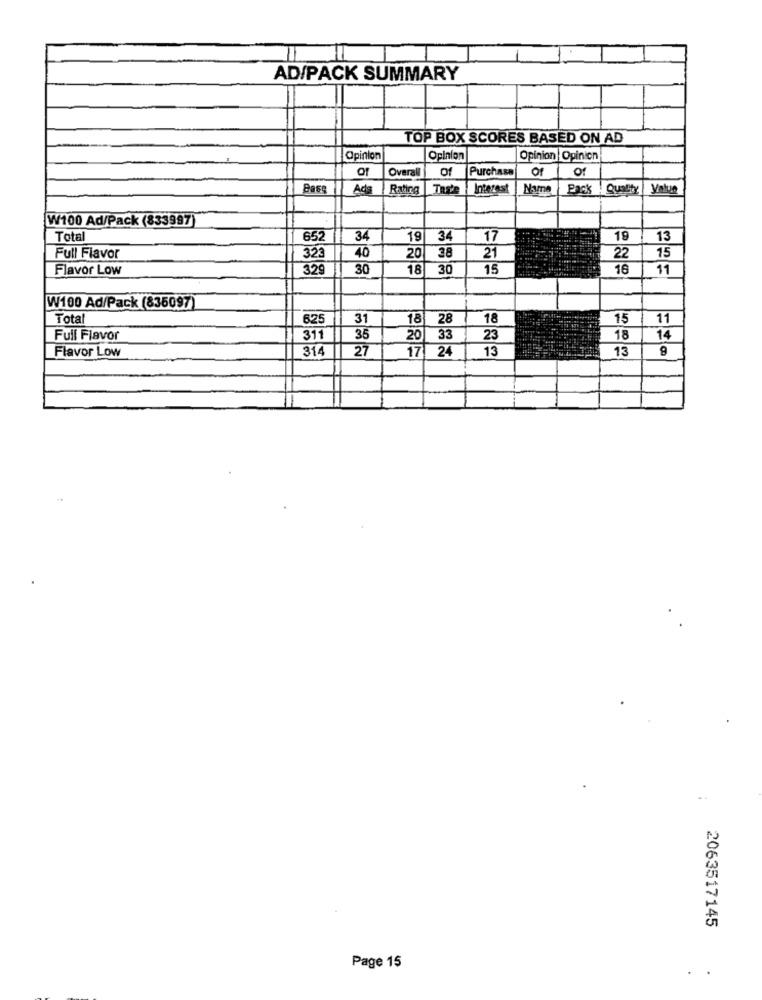
AD/PACK SUMMARY
TOP BOX SCORES BASED ON AD
Opinion
Opinion
Opinion Opinion
Of
Overall
of
Purchase
of
Of
Base
Ada
Rating
Taste
Interest
Name
Pack Quality
W100 Ad/Pack (833997)
Total
652
34
19
34
17
19
13
Full Flavor
323
40
20
38
21
22
15
Flavor Low
32
30
18
30
15
16
11
W100 Ad/Pack (835097)
Total
625
31
18
28
18
15
11
Full Flavor
311
35
20
33
23
18
14
314
27
17 24
13
13
9
Flavor Low
2063517145
Page 15
..